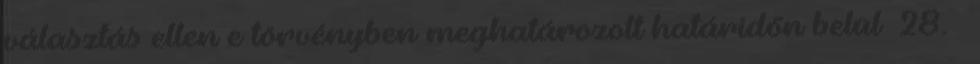
választás ellen e törvényben meghatározott határidőn belül 28. §